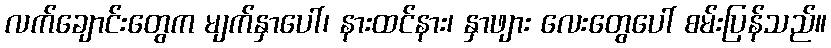
လက်ချောင်းတွေက မျက်နှာပေါ်၊ နားထင်နား၊ နှာဖျား လေးတွေပေါ် စမ်းပြန်သည်။